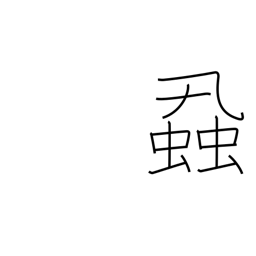
Meaning: vermin